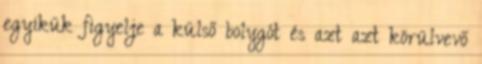
egyikük figyelje a külső bolygót és azt azt körülvevő